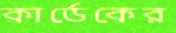
কার্ডেকের